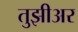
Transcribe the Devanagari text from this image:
तुझीअर